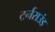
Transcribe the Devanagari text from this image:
टर्नराउंड